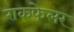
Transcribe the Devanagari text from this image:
राकफेलर